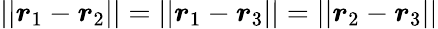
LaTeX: ||\boldsymbol{r}_{1}-\boldsymbol{r}_{2}||=||\boldsymbol{r}_{1}-\boldsymbol{r}_{3}||=||\boldsymbol{r}_{2}-\boldsymbol{r}_{3}||